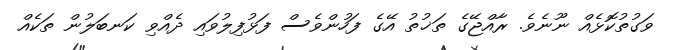
ވަގުތުކޮޅެއް ނޫނެވެ. ރާއްޖޭގެ ތަޚުތު އޭގެ ފަހުންވެސް ފަޅުފިލުވައި ދެއްވި ކަނބަލުން ތަކެއް